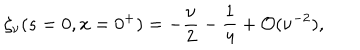
\zeta _ { \nu } ( s = 0 , x = 0 ^ { + } ) = \displaystyle { { { - \frac { \nu } { 2 } } - \frac { 1 } { 4 } } + { \cal O } ( \nu ^ { - 2 } ) } ,